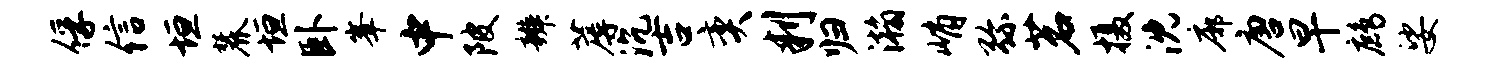
俘信垣麓垣卧峰中陂辨蓐沉吉奕判归瀚峭弥茗摄沈廓唐早鹧娑